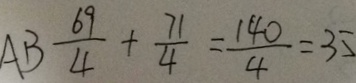
A B \frac { 6 9 } { 4 } + \frac { 7 1 } { 4 } = \frac { 1 4 0 } { 4 } = 3 5